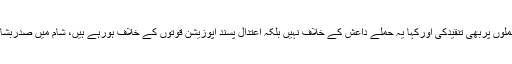
انھوں نے شام میں روسی فوج کے فضائی حملوں پربھی تنقیدکی اورکہا یہ حملے داعش کے خلاف نہیں بلکہ اعتدال پسند اپوزیشن قوتوں کے خلاف ہورہے ہیں، شام میں صدربشارالاسدکی رخصتی تک امن قائم نہیں ہوسکتا۔